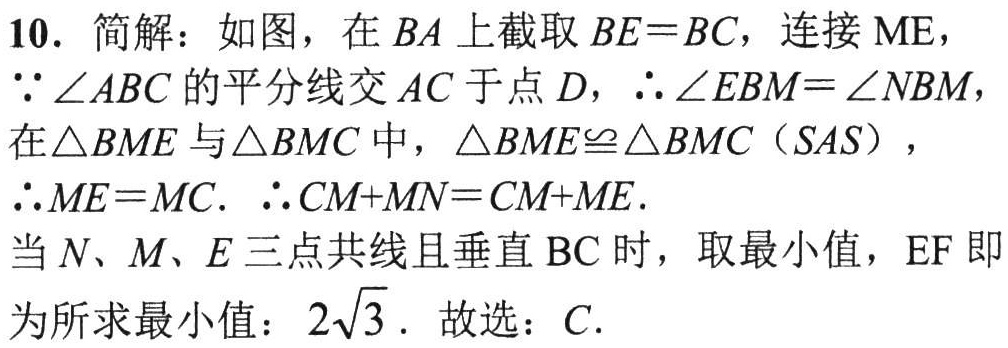
10. 简解：如图，在 \(BA\) 上截取 \(BE = BC\)，连接 \(ME\)，
\(\because\angle ABC\) 的平分线交 \(AC\) 于点 \(D\)，\(\therefore\angle EBM=\angle NBM\)，
在 \(\triangle BME\) 与 \(\triangle BMC\) 中，\(\triangle BME\cong\triangle BMC(SAS)\)，
\(\therefore ME = MC\). \(\therefore CM + MN=CM + ME\).
当 \(N\)、\(M\)、\(E\) 三点共线且垂直 \(BC\) 时，取最小值，\(EF\) 即
为所求最小值：\(2\sqrt{3}\). 故选：\(C\).